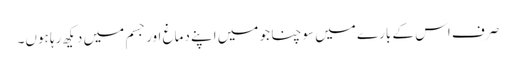
صرف اس کے بارے میں سوچنا جو میں اپنے دماغ اور جسم میں دیکھ رہا ہوں۔